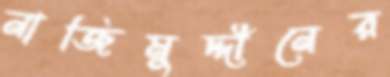
নাজিমুদ্দীনের